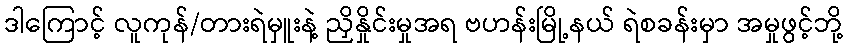
ဒါကြောင့် လူကုန်/တားရဲမှူးနဲ့ ညှိနှိုင်းမှုအရ ဗဟန်းမြို့နယ် ရဲစခန်းမှာ အမှုဖွင့်ဘို့